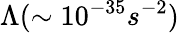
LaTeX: \Lambda(\sim 10^{-35}s^{-2})